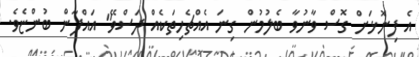
އެ ފިނޮޅަށް ގޮސް ވާނުވާ ބެލުމުން ގިނަ އެއްޗެހިތަކެއް ދަސްވޭ" އައްފާން ބުންޏެވެ.